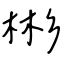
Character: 彬